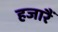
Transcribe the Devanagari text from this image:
हजारैं